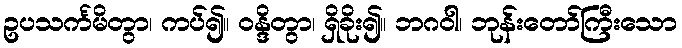
ဥပသင်္ကမိတွာ၊ ကပ်၍။ ဝန္ဒိတွာ၊ ရှိခိုး၍။ ဘဂဝါ၊ ဘုန်းတော်ကြီးသော